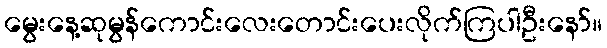
မွေးနေ့ဆုမွန်ကောင်းလေးတောင်းပေးလိုက်ကြပါဦးနော်။